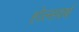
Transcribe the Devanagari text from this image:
होल्सवर्थ